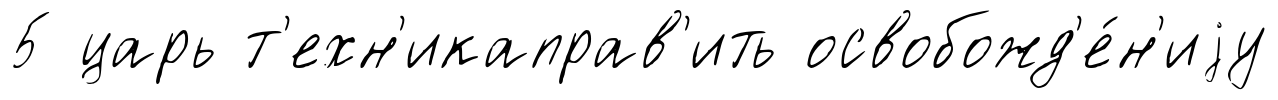
5 царь т'ехн'икаправ'ить освобожд'е́н'иjу